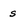
Character: s